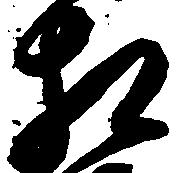
相